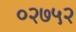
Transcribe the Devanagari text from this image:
०२७५२